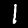
Digit: 1